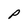
Character: p